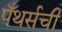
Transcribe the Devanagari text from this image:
पँथर्सची